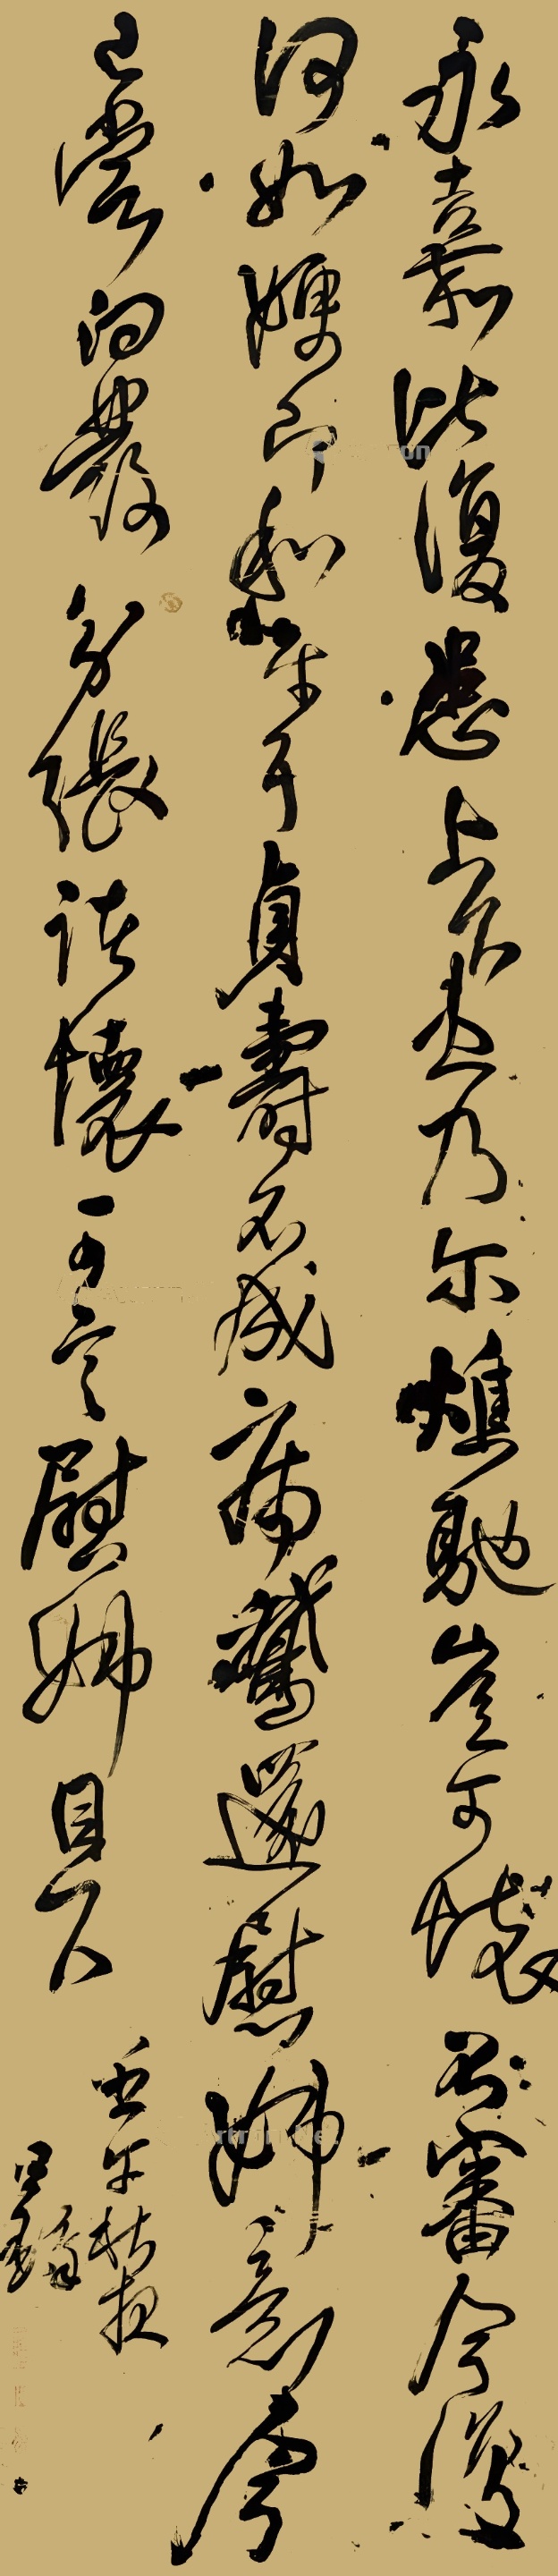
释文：永嘉比复患，上下患乃尔，燋驰岂可怀，不审今复何如，嫂即和平耳。贞素不成病，鹅还慰姊意，今已尝向发，分张诸怀可言，慰姊自耳。壬午秋夜王铎。王铎之印